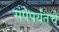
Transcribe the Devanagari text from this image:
संपेपर्यंतचे